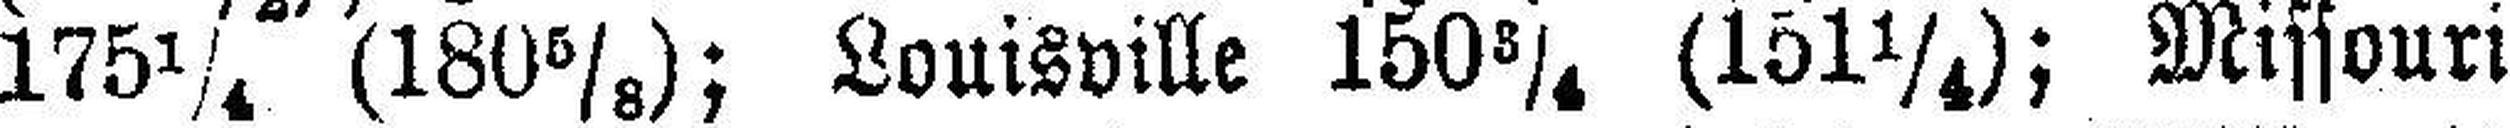
175¼ (180⅝); Louisville 150¾ (151¼); Missouri